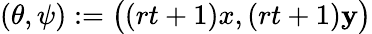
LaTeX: (\theta,\psi):=\big((rt+1)x,(rt+1)\mathbf{y}\big)